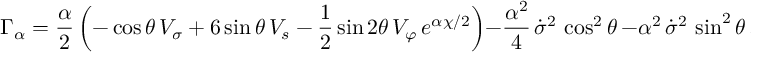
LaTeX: \Gamma _ { \alpha } = \frac { \alpha } { 2 } \left( - \cos \theta \, V _ { \sigma } + 6 \sin \theta \, V _ { s } - \frac { 1 } { 2 } \sin 2 \theta \, V _ { \varphi } \, e ^ { \alpha \chi / 2 } \right) - \frac { \alpha ^ { 2 } } { 4 } \, \dot { \sigma } ^ { 2 } \, \cos ^ { 2 } \theta \, - \alpha ^ { 2 } \, \dot { \sigma } ^ { 2 } \, \sin ^ { 2 } \theta \, .